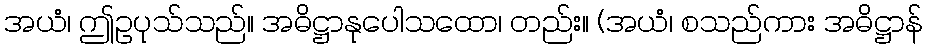
အယံ၊ ဤဥပုသ်သည်။ အဓိဋ္ဌာနုပေါသထော၊ တည်း။ (အယံ၊ စသည်ကား အဓိဋ္ဌာန်